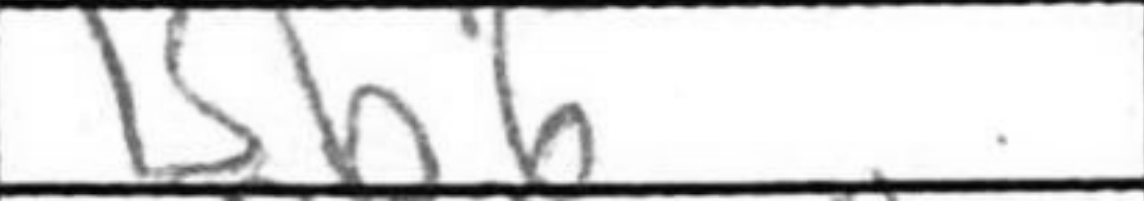
Transcription: Bb6